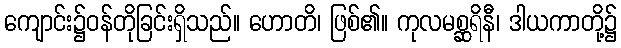
ကျောင်း၌ဝန်တိုခြင်းရှိသည်။ ဟောတိ၊ ဖြစ်၏။ ကုလမစ္ဆရိနီ၊ ဒါယကာတို့၌